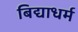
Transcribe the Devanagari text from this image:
बिद्याधर्म